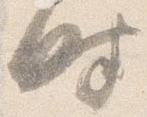
時